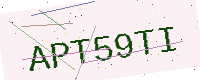
Text: APT59TI